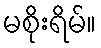
မစိုးရိမ်။